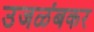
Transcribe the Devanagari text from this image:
उजळंबकर